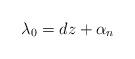
LaTeX: \begin{align*}\lambda_{0}=dz+\alpha_{n}\end{align*}